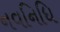
નવનિધિ